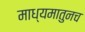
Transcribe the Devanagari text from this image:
माध्यमातुनच